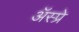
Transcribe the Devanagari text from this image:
ॲस्प्रे